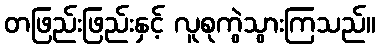
တဖြည်းဖြည်းနှင့် လူစုကွဲသွားကြသည်။